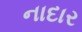
નાદાર